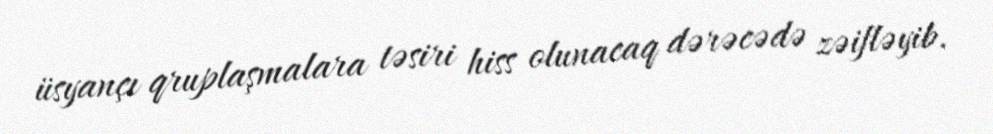
üsyançı qruplaşmalara təsiri hiss olunacaq dərəcədə zəifləyib.